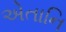
એતાનિ